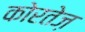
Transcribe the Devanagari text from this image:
कोरतेज़